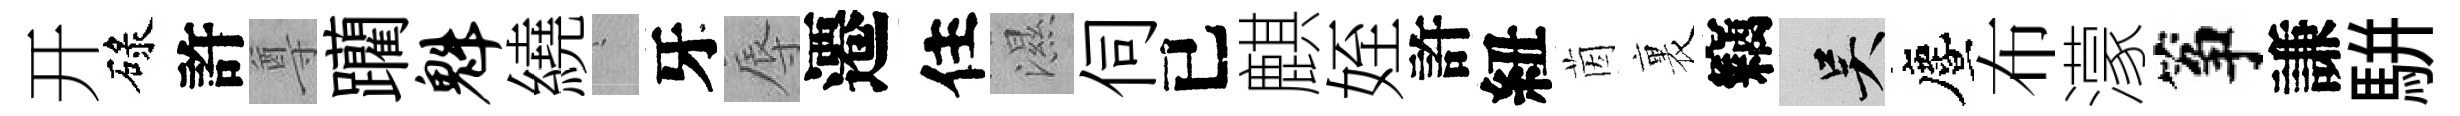
开碌許尊躪魁繞搖牙辱遷住濕伺已麒姪許紐茵裏竊吴󵨌布濛筝謙駢